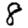
Digit: 8